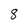
Character: 8